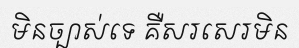
មិនច្បាស់ទេ គឺសរសេរមិន